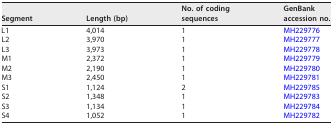
| Segment | Length (bp) | No. of coding sequences | GenBank accession no. |
 | --- | --- | --- | --- |
 | L1 | 4,014 | 1 | MH229776 |
 | L2 | 3,970 | 1 | MH229777 |
 | L3 | 3,973 | 1 | MH229778 |
 | M1 | 2,372 | 1 | MH229779 |
 | M2 | 2,190 | 1 | MH229780 |
 | M3 | 2,450 | 1 | MH229781 |
 | S1 | 1,124 | 2 | MH229785 |
 | S2 | 1,348 | 1 | MH229783 |
 | S3 | 1,134 | 1 | MH229784 |
 | S4 | 1,052 | 1 | MH229782 |